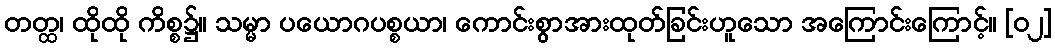
တတ္ထ၊ ထိုထို ကိစ္စ၌။ သမ္မာ ပယောဂပစ္စယာ၊ ကောင်းစွာအားထုတ်ခြင်းဟူသော အကြောင်းကြောင့်။ [၀၂]